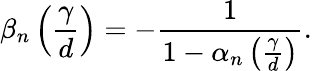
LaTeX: \beta_{n}\left(\frac{\gamma}{d}\right)=-\frac{1}{1-\alpha_{n}\left(\frac{\gamma}{d}\right)}.